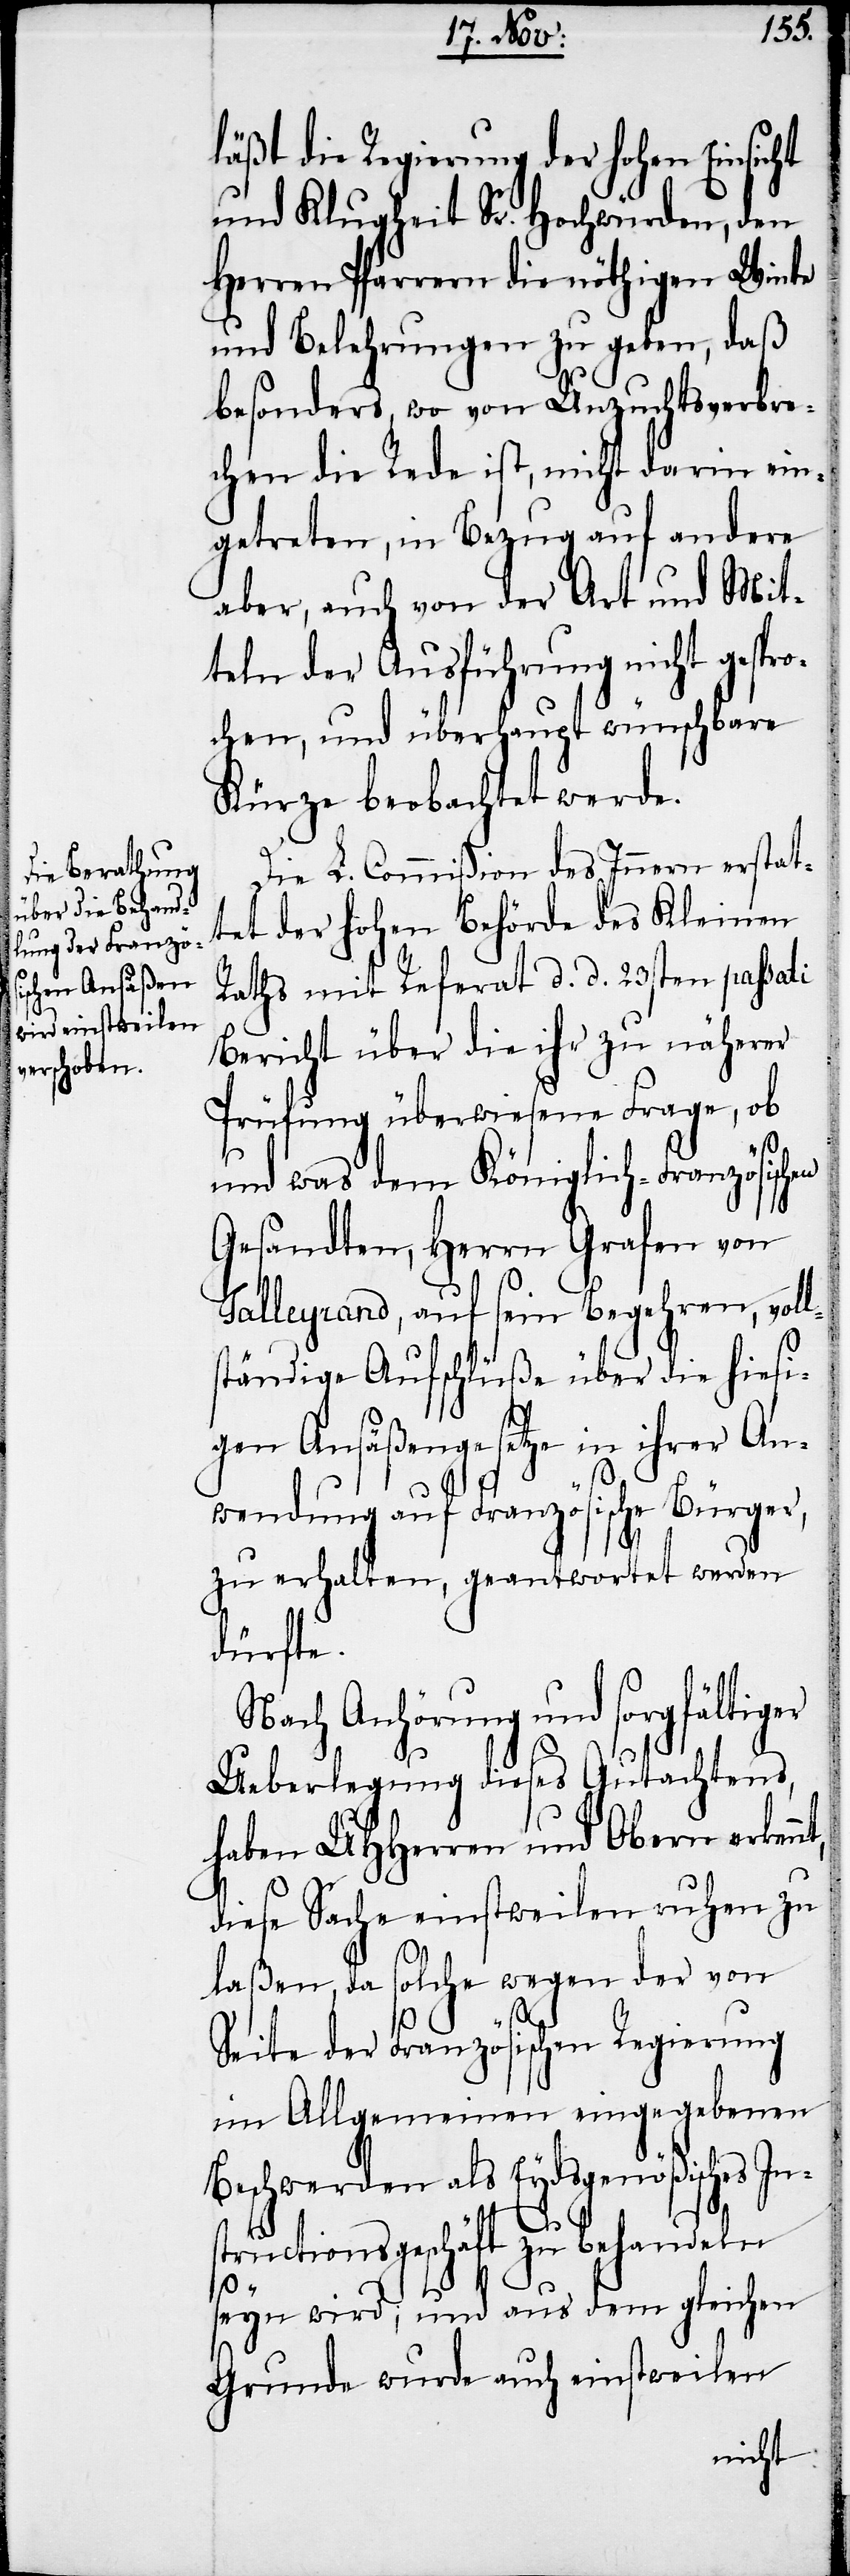
läßt die Regierung der hohen Einsicht
und Klugheit Sr. Hochwürden, den
Herren Pfarren die nöthigen Winke
und Belehrungen zu geben, daß
besonders, wo von Unzuchtsverbre¬
chen die Rede ist, nicht darin ein¬
getreten, in Bezug auf andere
aber, auch von der Art und Mit¬
teln der Ausführung nicht gespr¬
ochen, und überhaupt wünschbare
Kürze beobachtet werde.
Die L. Commißion des Innern erstat¬
tet der hohen Behörde des Kleinen
Raths mit Referat d. d. 23sten passati
Bericht über die ihr zu näherer
Prüfung überwiesene Frage, ob
nt,
und was dem Königlich-Französischen
Gesandten, Herrn Grafen von
Talleyrand, auf sein Begehren, voll¬
ständige Aufschlüße über die hiesi¬
gen Ansäßengesetze in ihrer An¬
wendung auf Französische Bürger,
zu erhalten, geantwortet werden
dürfte.
Nach Anhörung und sorgfältiger
Ueberlegung dieses Gutachtens,
haben UHHerren und Obern erken¬
diese Sache einstweilen ruhen zu
laßen, da solche wegen der von
Seite der Französischen Regierung
im Allgemeinen eingegebenen
Beschwerden als Eydsgenößisches In¬
structionsgeschäft zu behandeln
seyn wird; und aus dem gleichen
Grunde wurde auch einstweilen